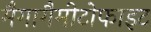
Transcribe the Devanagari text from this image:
मैगागैमीटोफाइट